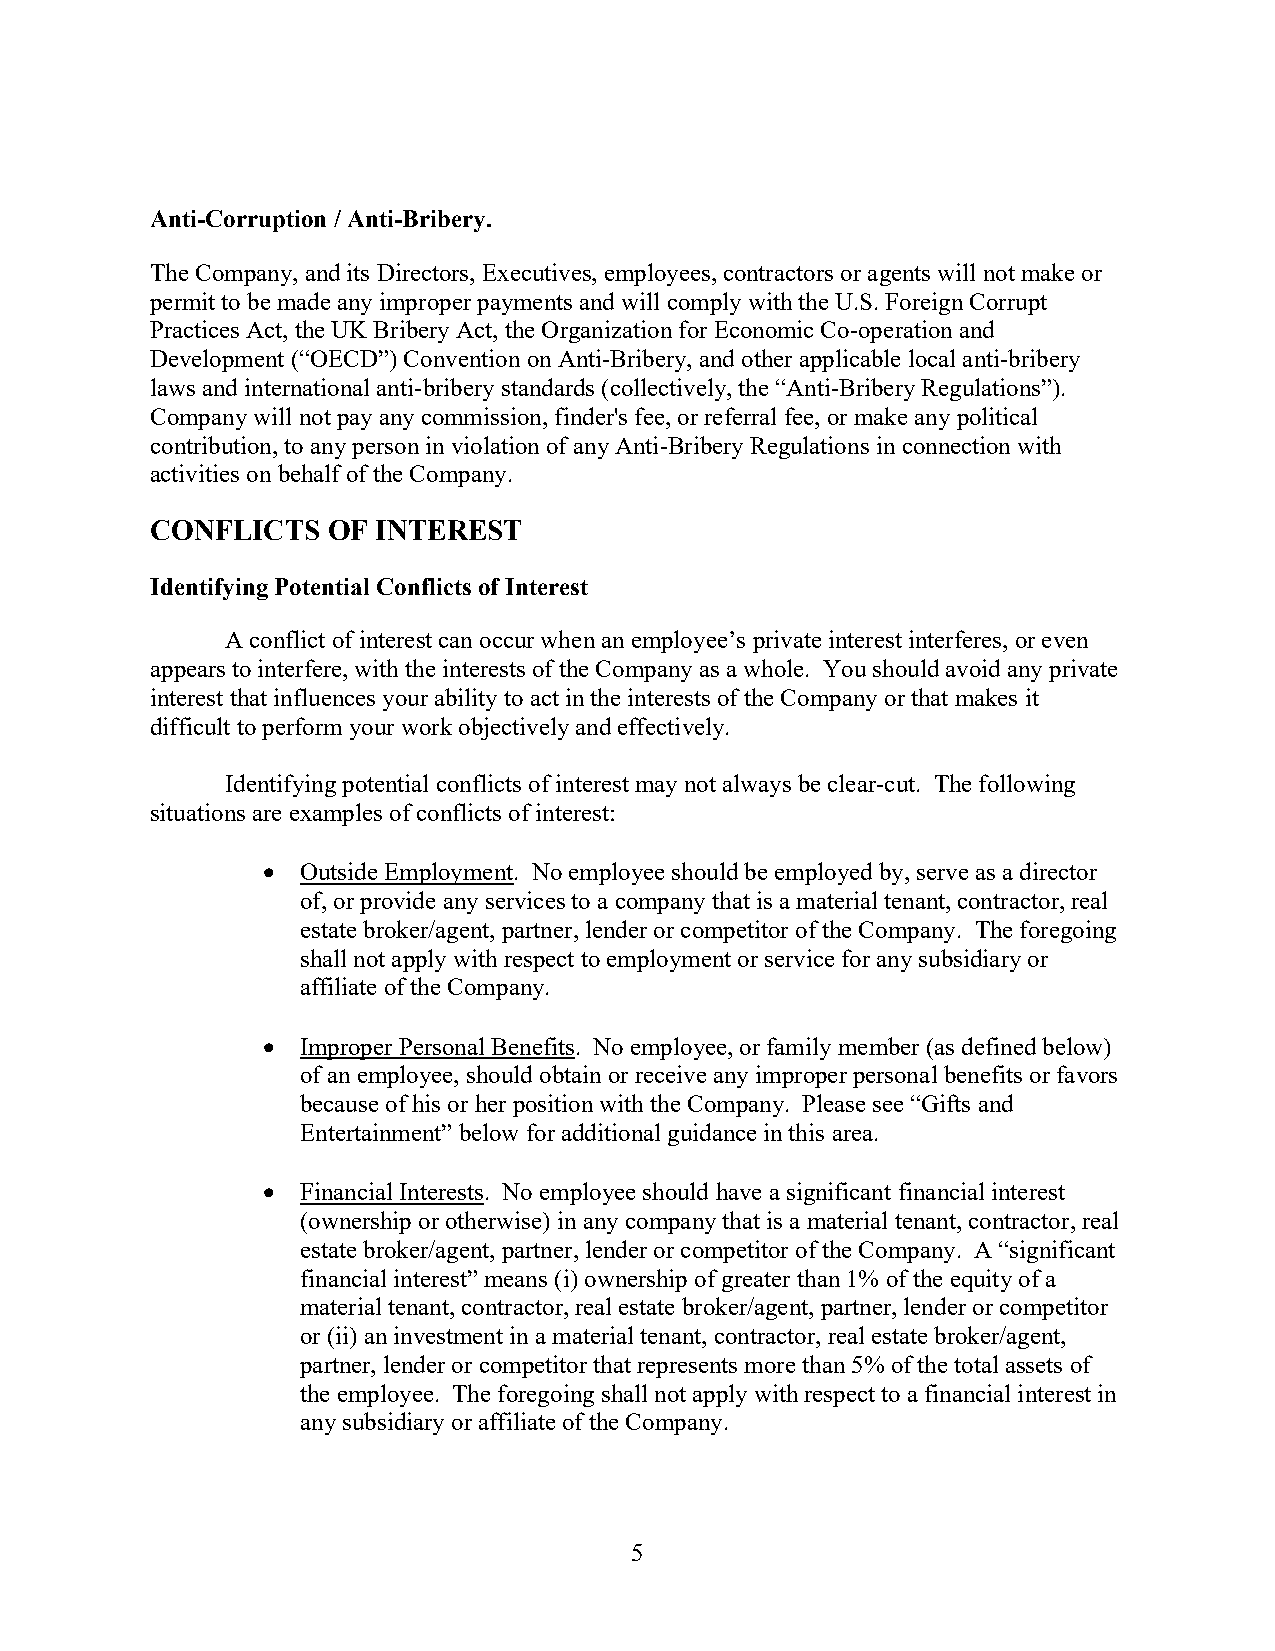
Anti-Corruption / Anti-Bribery.
 The Company, and its Directors, Executives, employees, contractors or agents will not make or
 permit to be made any improper payments and will comply with the U.S. Foreign Corrupt
 Practices Act, the UK Bribery Act, the Organization for Economic Co-operation and
 Development (“OECD”) Convention on Anti-Bribery, and other applicable local anti-bribery
 laws and international anti-bribery standards (collectively, the “Anti-Bribery Regulations”).
 Company will not pay any commission, finder's fee, or referral fee, or make any political
 contribution, to any person in violation of any Anti-Bribery Regulations in connection with
 activities on behalf of the Company.
 CONFLICTS   OF INTEREST
 Identifying Potential Conflicts of Interest
 A conflict of interest can occur when an employee’s private interest interferes, or even
 appears to interfere, with the interests of the Company as a whole. You should avoid any private
 interest that influences your ability to act in the interests of the Company or that makes it
 difficult to perform your work objectively and effectively.
 Identifying potential conflicts of interest may not always be clear-cut. The following
 situations are examples of conflicts of interest:
   Outside Employment. No employee should be employed by, serve as a director
 of, or provide any services to a company that is a material tenant, contractor, real
 estate broker/agent, partner, lender or competitor of the Company. The foregoing
 shall not apply with respect to employment or service for any subsidiary or
 affiliate of the Company.
   Improper Personal Benefits. No employee, or family member (as defined below)
 of an employee, should obtain or receive any improper personal benefits or favors
 because of his or her position with the Company. Please see “Gifts and
 Entertainment” below for additional guidance in this area.
   Financial Interests. No employee should have a significant financial interest
 (ownership or otherwise) in any company that is a material tenant, contractor, real
 estate broker/agent, partner, lender or competitor of the Company. A “significant
 financial interest” means (i) ownership of greater than 1% of the equity of a
 material tenant, contractor, real estate broker/agent, partner, lender or competitor
 or (ii) an investment in a material tenant, contractor, real estate broker/agent,
 partner, lender or competitor that represents more than 5% of the total assets of
 the employee. The foregoing shall not apply with respect to a financial interest in
 any subsidiary or affiliate of the Company.
 5